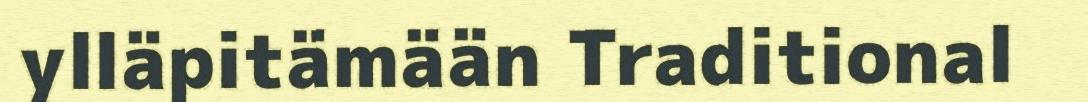
ylläpitämään Traditional